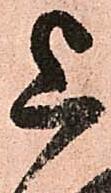
上